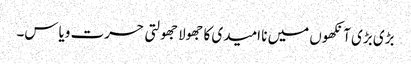
بڑی بڑی آنکھوں میں نا امیدی کا جھولا جھولتی حسرت ویاس۔